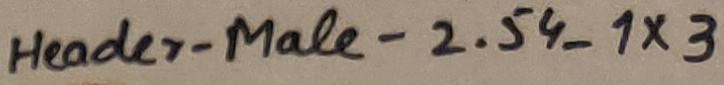
Text: Header-Male-2.54_1X3